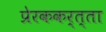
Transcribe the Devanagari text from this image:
प्रेरककर्त्ता